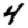
Digit: 4